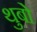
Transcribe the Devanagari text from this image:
थुबो